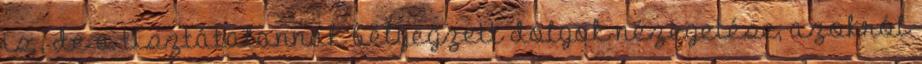
is , de a tisztátalannak bélyegzett dolgok nézegetése, azokról